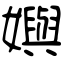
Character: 嬩